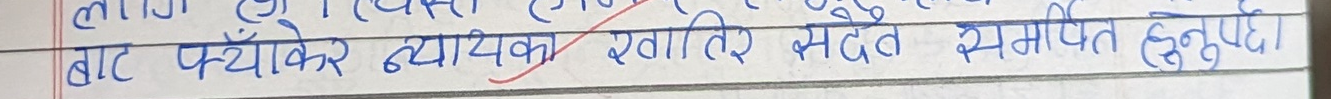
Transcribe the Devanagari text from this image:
बाट फँकेंकर व्यक्ति खातिर सटै समर्पित हुनुपर्छ